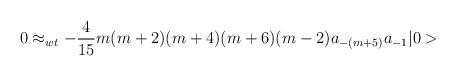
LaTeX: \begin{align*} 0 \approx_{wt} - \frac{4}{15} m (m+2) (m+4) (m+6) (m-2) a_{-(m+5)} a_{-1} \vert 0 >\end{align*}